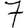
Digit: 7